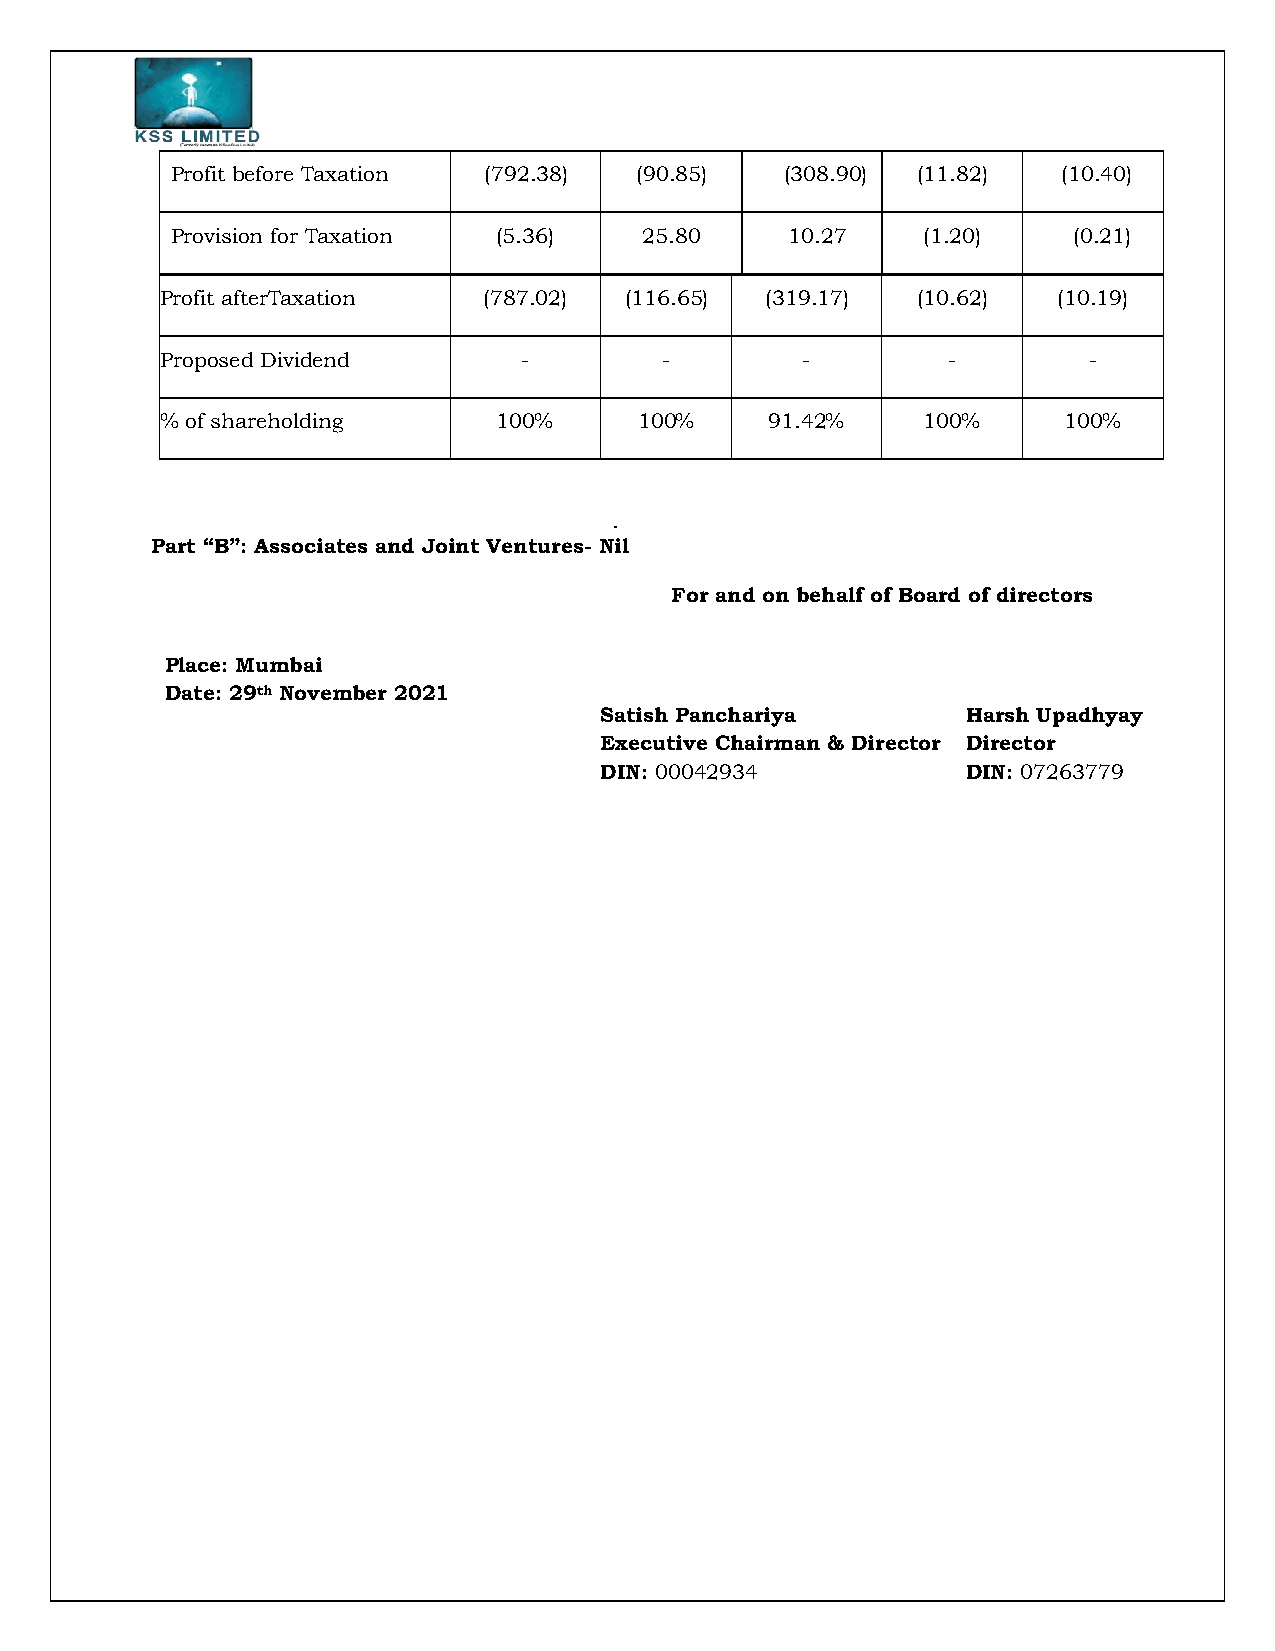
Profit before Taxation (792.38) (90.85)  (308.90) (11.82)  (10.40)
 Provision for Taxation (5.36)   25.80    10.27    (1.20)    (0.21)
 Profit afterTaxation (787.02) (116.65)  (319.17)  (10.62)  (10.19)
 Proposed Dividend      -         -        -         -        -
 % of shareholding     100%     100%     91.42%    100%     100%
 .
 Part “B”: Associates and Joint Ventures- Nil
 For and on behalf of Board of directors
 Place: Mumbai
 Date: 29th November 2021
 Satish Panchariya       Harsh Upadhyay
 Executive Chairman & Director Director
 DIN: 00042934           DIN: 07263779